Civil Veterinary Department Bihar & Orissa reports 1929-36 - 1929-1936
Year: 1929
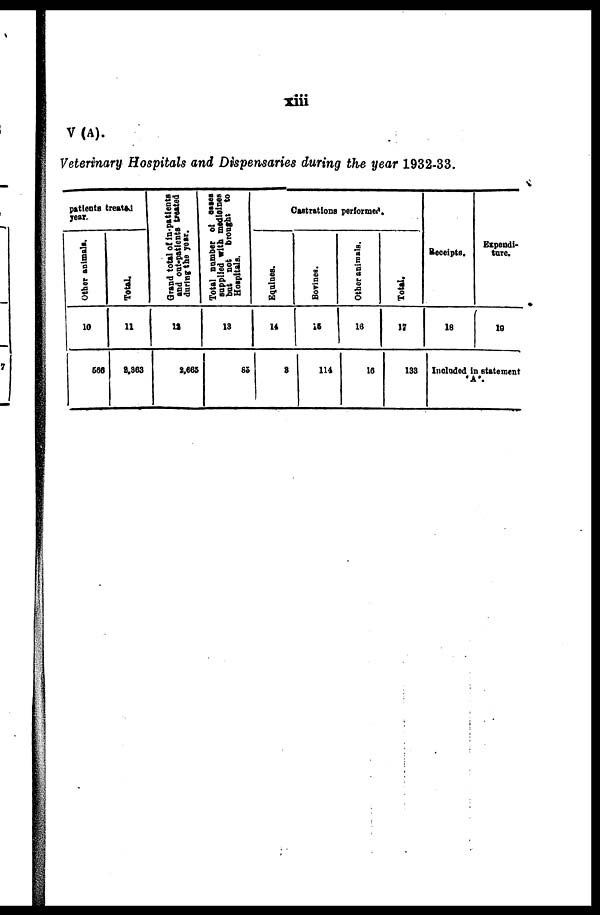
xiii
V(A).
Veterinary Hospitals and Dispensaries during the year 1932-33.
patients treated
year-
Other animals.
10
566
Total.
11
8,363
Grand total of in patients
and out-patients treated
during the year.
12
2,665
Total number of cases
supplied with medicines
but not
brought to
Hospitals.
13
65
Castrations performed.
Equines.
14
8
Bovines.
15
114
Other animals.
16
16
Total.
17
133
Receipts.
18
Expendi-
ture.
10
Included in statement
'A'.